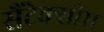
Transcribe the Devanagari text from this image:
सैंटेक्सीस